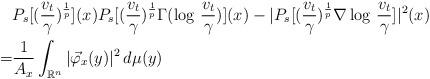
LaTeX: \begin{align*}&P_s[(\frac{v_t}{\gamma})^\frac1p](x) P_s[(\frac{v_t}{\gamma})^\frac1p \Gamma ( \log\, \frac{v_t}{\gamma})](x)-| P_s[(\frac{v_t}{\gamma})^\frac1p \nabla \log\, \frac{v_t}{\gamma}] |^2(x)\\=&\frac{1}{A_x} \int_{\mathbb{R}^n} |\vec{\varphi}_x(y)|^2 \, d\mu(y)\end{align*}